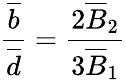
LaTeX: \frac{\overline{{{b}}}}{\overline{{{d}}}}=\frac{2\overline{{{B}}}_{2}}{3\overline{{{B}}}_{1}}